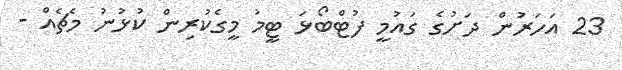
23 އަހަރުން ދަށުގެ ގައުމީ ފުޓްބޯޅަ ޓީމު މީގެކުރިން ކުޅުނު މެޗެއް -